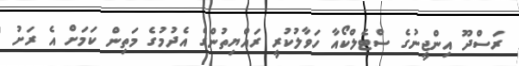
ރަސްދޫ އިންޖީނުގެ ސްޓެލްކޯއާ ހަވާލުކުރީ ރައްޔިތުންގެ އެދުމުގެ މަތިން ކަމަށް އެ ރަށު